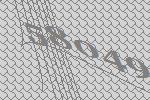
58049